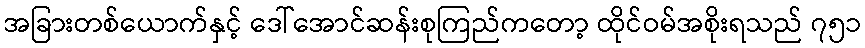
အခြားတစ်ယောက်နှင့် ဒေါ်အောင်ဆန်းစုကြည်ကတော့ ထိုင်ဝမ်အစိုးရသည် ၇၅၁